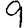
Digit: 9